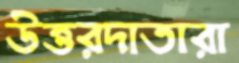
উত্তরদাতারা